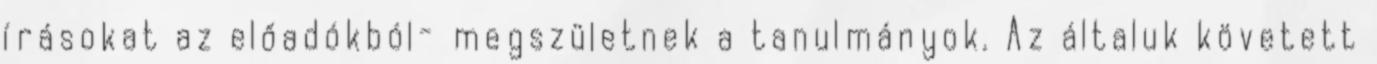
írásokat az előadókból- megszületnek a tanulmányok. Az általuk követett